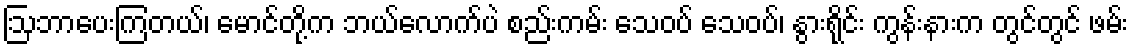
ဩဘာပေးကြတယ်၊ မောင်တို့က ဘယ်လောက်ပဲ စည်းကမ်း သေဝပ် သေဝပ်၊ နွားရိုင်း ကွန်းနားက တွင်တွင် ဖမ်း